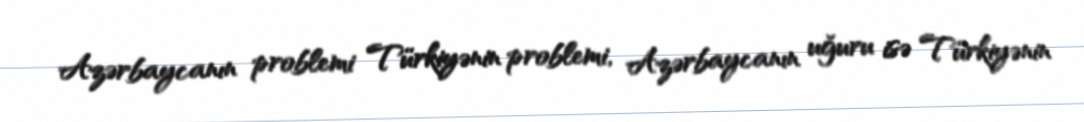
Azərbaycanın problemi Türkiyənin problemi, Azərbaycanın uğuru isə Türkiyənin